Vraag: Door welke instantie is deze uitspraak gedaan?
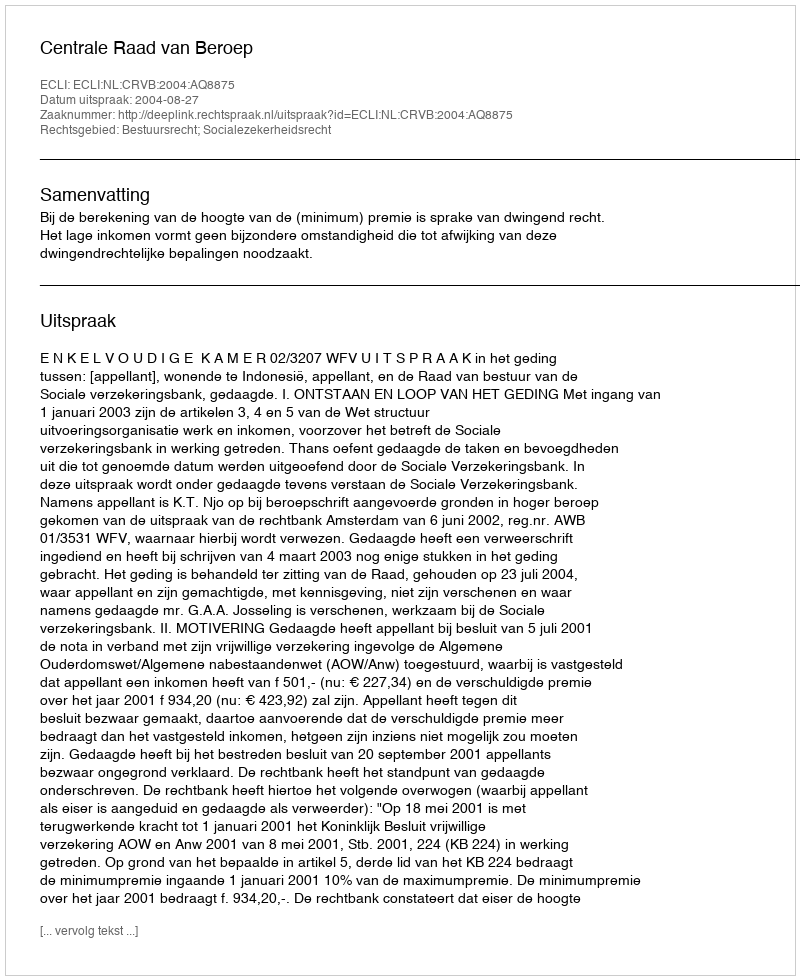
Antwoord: Centrale Raad van Beroep